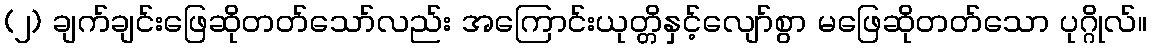
(၂) ချက်ချင်းဖြေဆိုတတ်သော်လည်း အကြောင်းယုတ္တိနှင့်လျော်စွာ မဖြေဆိုတတ်သော ပုဂ္ဂိုလ်။